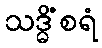
သဒ္ဓိံစရံ